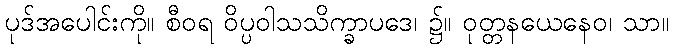
ပုဒ်အပေါင်းကို။ စီဝရ ဝိပ္ပဝါသသိက္ခာပဒေ၊ ၌။ ဝုတ္တနယေနေဝ၊ သာ။